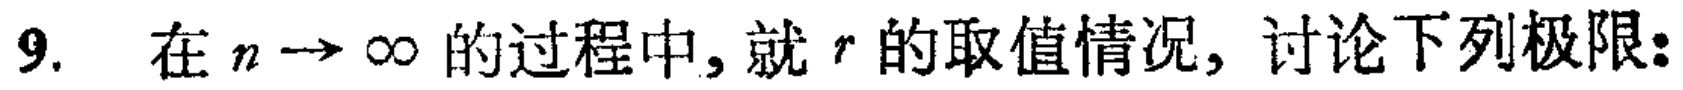
9. 在 \(n\rightarrow\infty\) 的过程中，就 \(r\) 的取值情况，讨论下列极限: